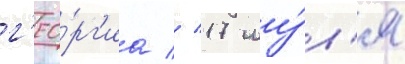
г'ео́рг'иа // 17 иу́л'я